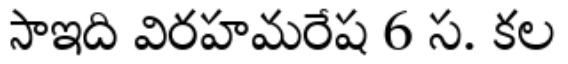
సాఇది విరహమరేష 6 స. కల